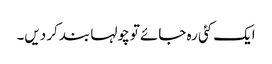
ایک کئی رہ جائے تو چولہا بند کر دیں۔